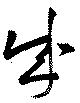
成